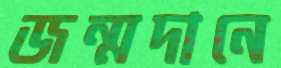
জন্মদানে